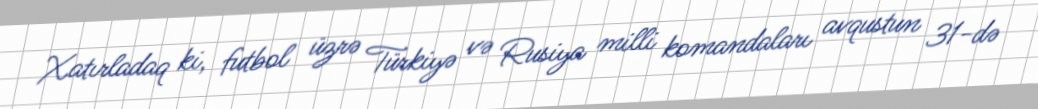
Xatırladaq ki, futbol üzrə Türkiyə və Rusiya milli komandaları avqustun 31-də